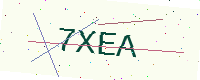
Text: 7XEA